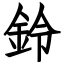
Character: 鈴